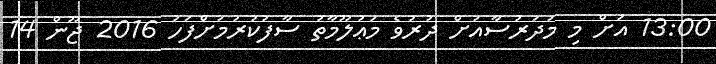
13:00 އަށް މި މަދަރުސާއަށް ދުރުވެ މަޢުލޫމާތު ސާފުކުރުމަށްފަހު 2016 ޖޫން 14